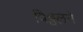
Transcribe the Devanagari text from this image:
विठ्ठलने